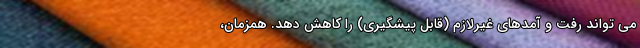
می تواند رفت و آمدهای غیرلازم (قابل پیشگیری) را کاهش دهد. همزمان،